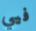
فيي